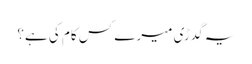
یہ گدڑی میرے کس کام کی ہے؟